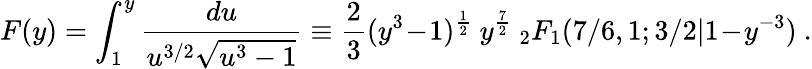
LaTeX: F(y)=\int_{1}^{y}\frac{du}{u^{3/2}\sqrt{u^{3}-1}}\equiv\frac 23(y^{3}\! -\! 1)^{\frac 12}\ y^{\frac 72}\ _{2}F_{1}(7/6,1;3/2|1\! -\! y^{-3})\ .